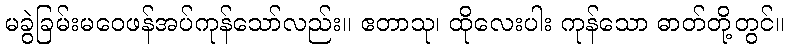
မခွဲခြမ်းမဝေဖန်အပ်ကုန်သော်လည်း။ ဧတာသု၊ ထိုလေးပါး ကုန်သော ဓာတ်တို့တွင်။